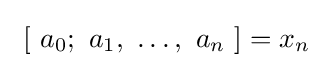
\ \left[\ a_{0};\ a_{1},\ \ldots ,\ a_{n}\ \right]=x_{n}\